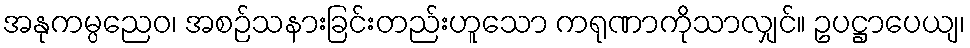
အနုကမ္ပညေဝ၊ အစဉ်သနားခြင်းတည်းဟူသော ကရုဏာကိုသာလျှင်။ ဥပဋ္ဌာပေယျ၊